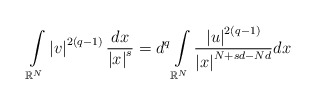
\begin{align*}\int\limits_{\mathbb{R}^{N}}\left\vert v\right\vert ^{2(q-1)}\frac{dx}{\left\vert x\right\vert ^{s}}=d^{q}\int\limits_{\mathbb{R}^{N}}\frac{\left\vert u\right\vert ^{2(q-1)}}{\left\vert x\right\vert^{N+sd-Nd}}dx\end{align*}